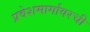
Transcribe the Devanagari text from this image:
प्रवेशमार्गावरची